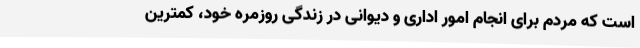
است که مردم برای انجام امور اداری و دیوانی در زندگی روزمره خود، کمترین